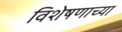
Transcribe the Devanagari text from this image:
विशेषणाच्या